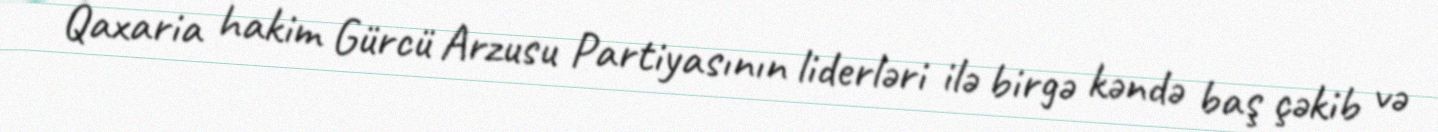
Qaxaria hakim Gürcü Arzusu Partiyasının liderləri ilə birgə kəndə baş çəkib və